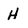
Character: H